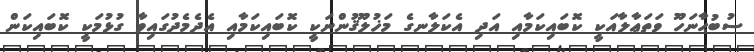
ސުބުޙާނަހޫ ވަތަޢާލާއަކީ ކޮބައިކަމާއި އަދި އެކަލާނގެ މަޚުލޫޤުންނަކީ ކޮބައިކަމާއި އެދެމެދުގައިވާ ގުޅުމަކީ ކޮބައިކަން